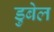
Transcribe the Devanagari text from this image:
डुबेल